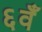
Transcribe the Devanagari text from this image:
६वँ